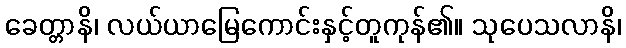
ခေတ္တာနိ၊ လယ်ယာမြေကောင်းနှင့်တူကုန်၏။ သုပေသလာနိ၊